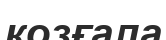
козғала